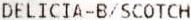
DELICIA-B/SCOTCH